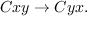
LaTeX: C x y \rightarrow C y x .